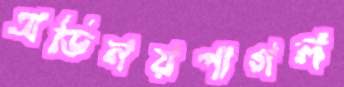
অভিনয়পাগল